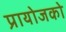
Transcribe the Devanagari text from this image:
प्रायोजको